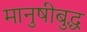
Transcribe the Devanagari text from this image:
मानुषीबुद्ध